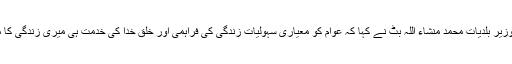
صوبائی وزیر بلدیات محمد منشاء اللہ بٹ نے کہا کہ عوام کو معیاری سہولیات زندگی کی فراہمی اور خلق خدا کی خدمت ہی میری زندگی کا مشن ہے ۔